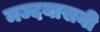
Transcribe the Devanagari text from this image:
मज्दयासनी